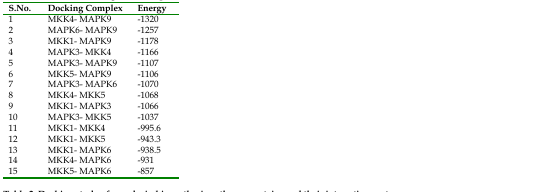
| S.No. | Docking Complex | Energy |
 | --- | --- | --- |
 | 1 | MKK4- MAPK9 | -1320 |
 | 2 | MAPK6- MAPK9 | -1257 |
 | 3 | MKK1- MAPK9 | -1178 |
 | 4 | MAPK3- MKK4 | -1166 |
 | 5 | MAPK3- MAPK9 | -1107 |
 | 6 | MKK5- MAPK9 | -1106 |
 | 7 | MAPK3- MAPK6 | -1070 |
 | 8 | MKK4- MKK5 | -1068 |
 | 9 | MKK1- MAPK3 | -1066 |
 | 10 | MAPK3- MKK5 | -1037 |
 | 11 | MKK1- MKK4 | -995.6 |
 | 12 | MKK1- MKK5 | -943.3 |
 | 13 | MKK1- MAPK6 | -938.5 |
 | 14 | MKK4- MAPK6 | -931 |
 | 15 | MKK5- MAPK6 | -857 |